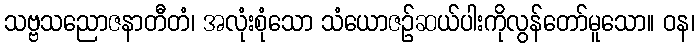
သဗ္ဗသညောဇနာတီတံ၊ အလုံးစုံသော သံယောဇဉ်ဆယ်ပါးကိုလွန်တော်မူသော။ ဝန၊